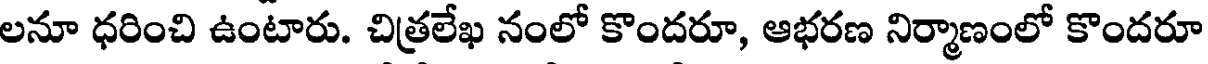
లనూ ధరించి ఉంటారు. చిత్రలేఖ నంలో కొందరూ, ఆభరణ నిర్మాణంలో కొందరూ